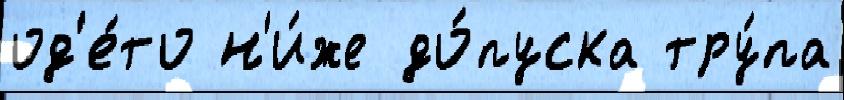
од'е́то н'и́же до́пуска тру́па